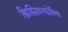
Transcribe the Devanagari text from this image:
क्रिश्चियनफोबिया